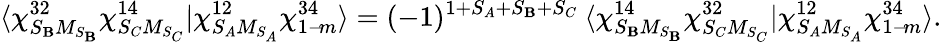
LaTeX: \langle\chi_{S_{\mathbf{B}}M_{S_{\mathbf{B}}}}^{32}\chi_{S_{C}M_{S_{C}}}^{14}|\chi_{S_{A}M_{S_{A}}}^{12}\chi_{1-\! m}^{34}\rangle=(-1)^{1+S_{A}+S_{\mathbf{B}}+S_{C}}\: \langle\chi_{S_{\mathbf{B}}M_{S_{\mathbf{B}}}}^{14}\chi_{S_{C}M_{S_{C}}}^{32}|\chi_{S_{A}M_{S_{A}}}^{12}\chi_{1-\! m}^{34}\rangle.